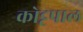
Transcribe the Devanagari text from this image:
कोट्टपाल